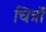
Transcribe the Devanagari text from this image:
चित्रोें